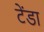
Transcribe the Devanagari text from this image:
टेंडा